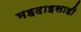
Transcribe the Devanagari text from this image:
महदाइसाही